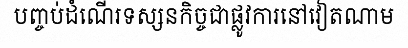
បញ្ចប់ដំណើរទស្សនកិច្ចជាផ្លូវការនៅវៀតណាម